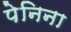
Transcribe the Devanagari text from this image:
पेनिना